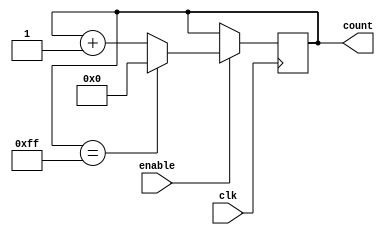
module binary_up_counter(
    input clk,
    input enable,
    output reg [N-1:0] count
);

parameter N = 8; // Predefined width of the counter

// Synchronous reset logic
always @(posedge clk) begin
    if (enable) begin
        if (count == (2**N - 1)) begin
            count <= 0;
        end else begin
            count <= count + 1;
        end
    end
end

endmodule